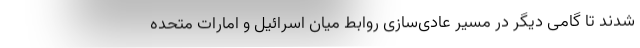
شدند تا گامی دیگر در مسیر عادی‌سازی روابط میان اسرائیل و امارات متحده